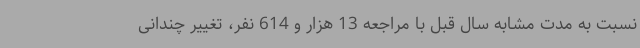
نسبت به مدت مشابه سال قبل با مراجعه 13 هزار و 614 نفر، تغییر چندانی